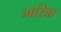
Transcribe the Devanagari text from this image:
मरिवा